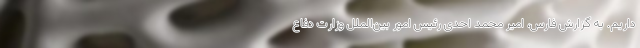
داریم. به گزارش فارس، امیر محمد احدی رئیس امور بین‌الملل وزارت دفاع